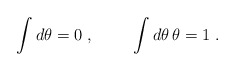
\begin{align*}\int d\theta=0\;, \hspace{1cm} \int d\theta\, \theta=1\;.\end{align*}